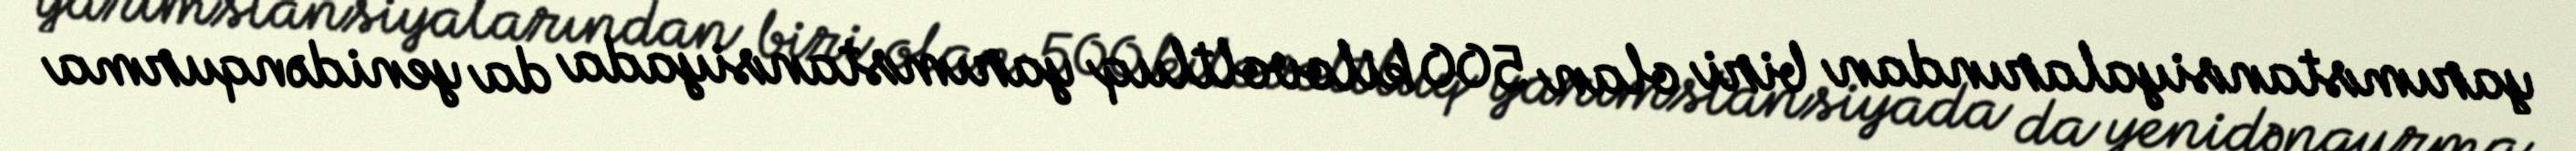
yarımstansiyalarından biri olan 500 kilovoltluq yarımstansiyada da yenidənqurma